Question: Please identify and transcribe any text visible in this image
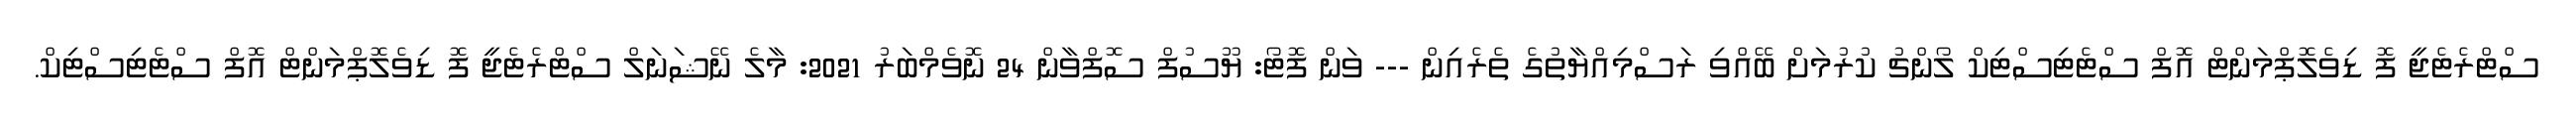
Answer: ސްޓްރެޓެޖީ ފޮ ޑިވެލޮޕްމަންޓް އޮފް ސްޓެޓިސްޓިކް ލޯންޗު ކުރުމަށް ބޭއްވި ރަސްމިއްޔާތުގެ ތެރެއިން --- ވަން ފޮޓޯ: ޔޫސުފް ސޮފްވާން 24 ނޮވެމްބަރު 2021: މާލެ ނޭޝަނަލް ސްޓްރެޓެޖީ ފޮ ޑިވެލޮޕްމަންޓް އޮފް ސްޓެޓިސްޓިކް.